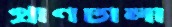
প্রাণঢালা